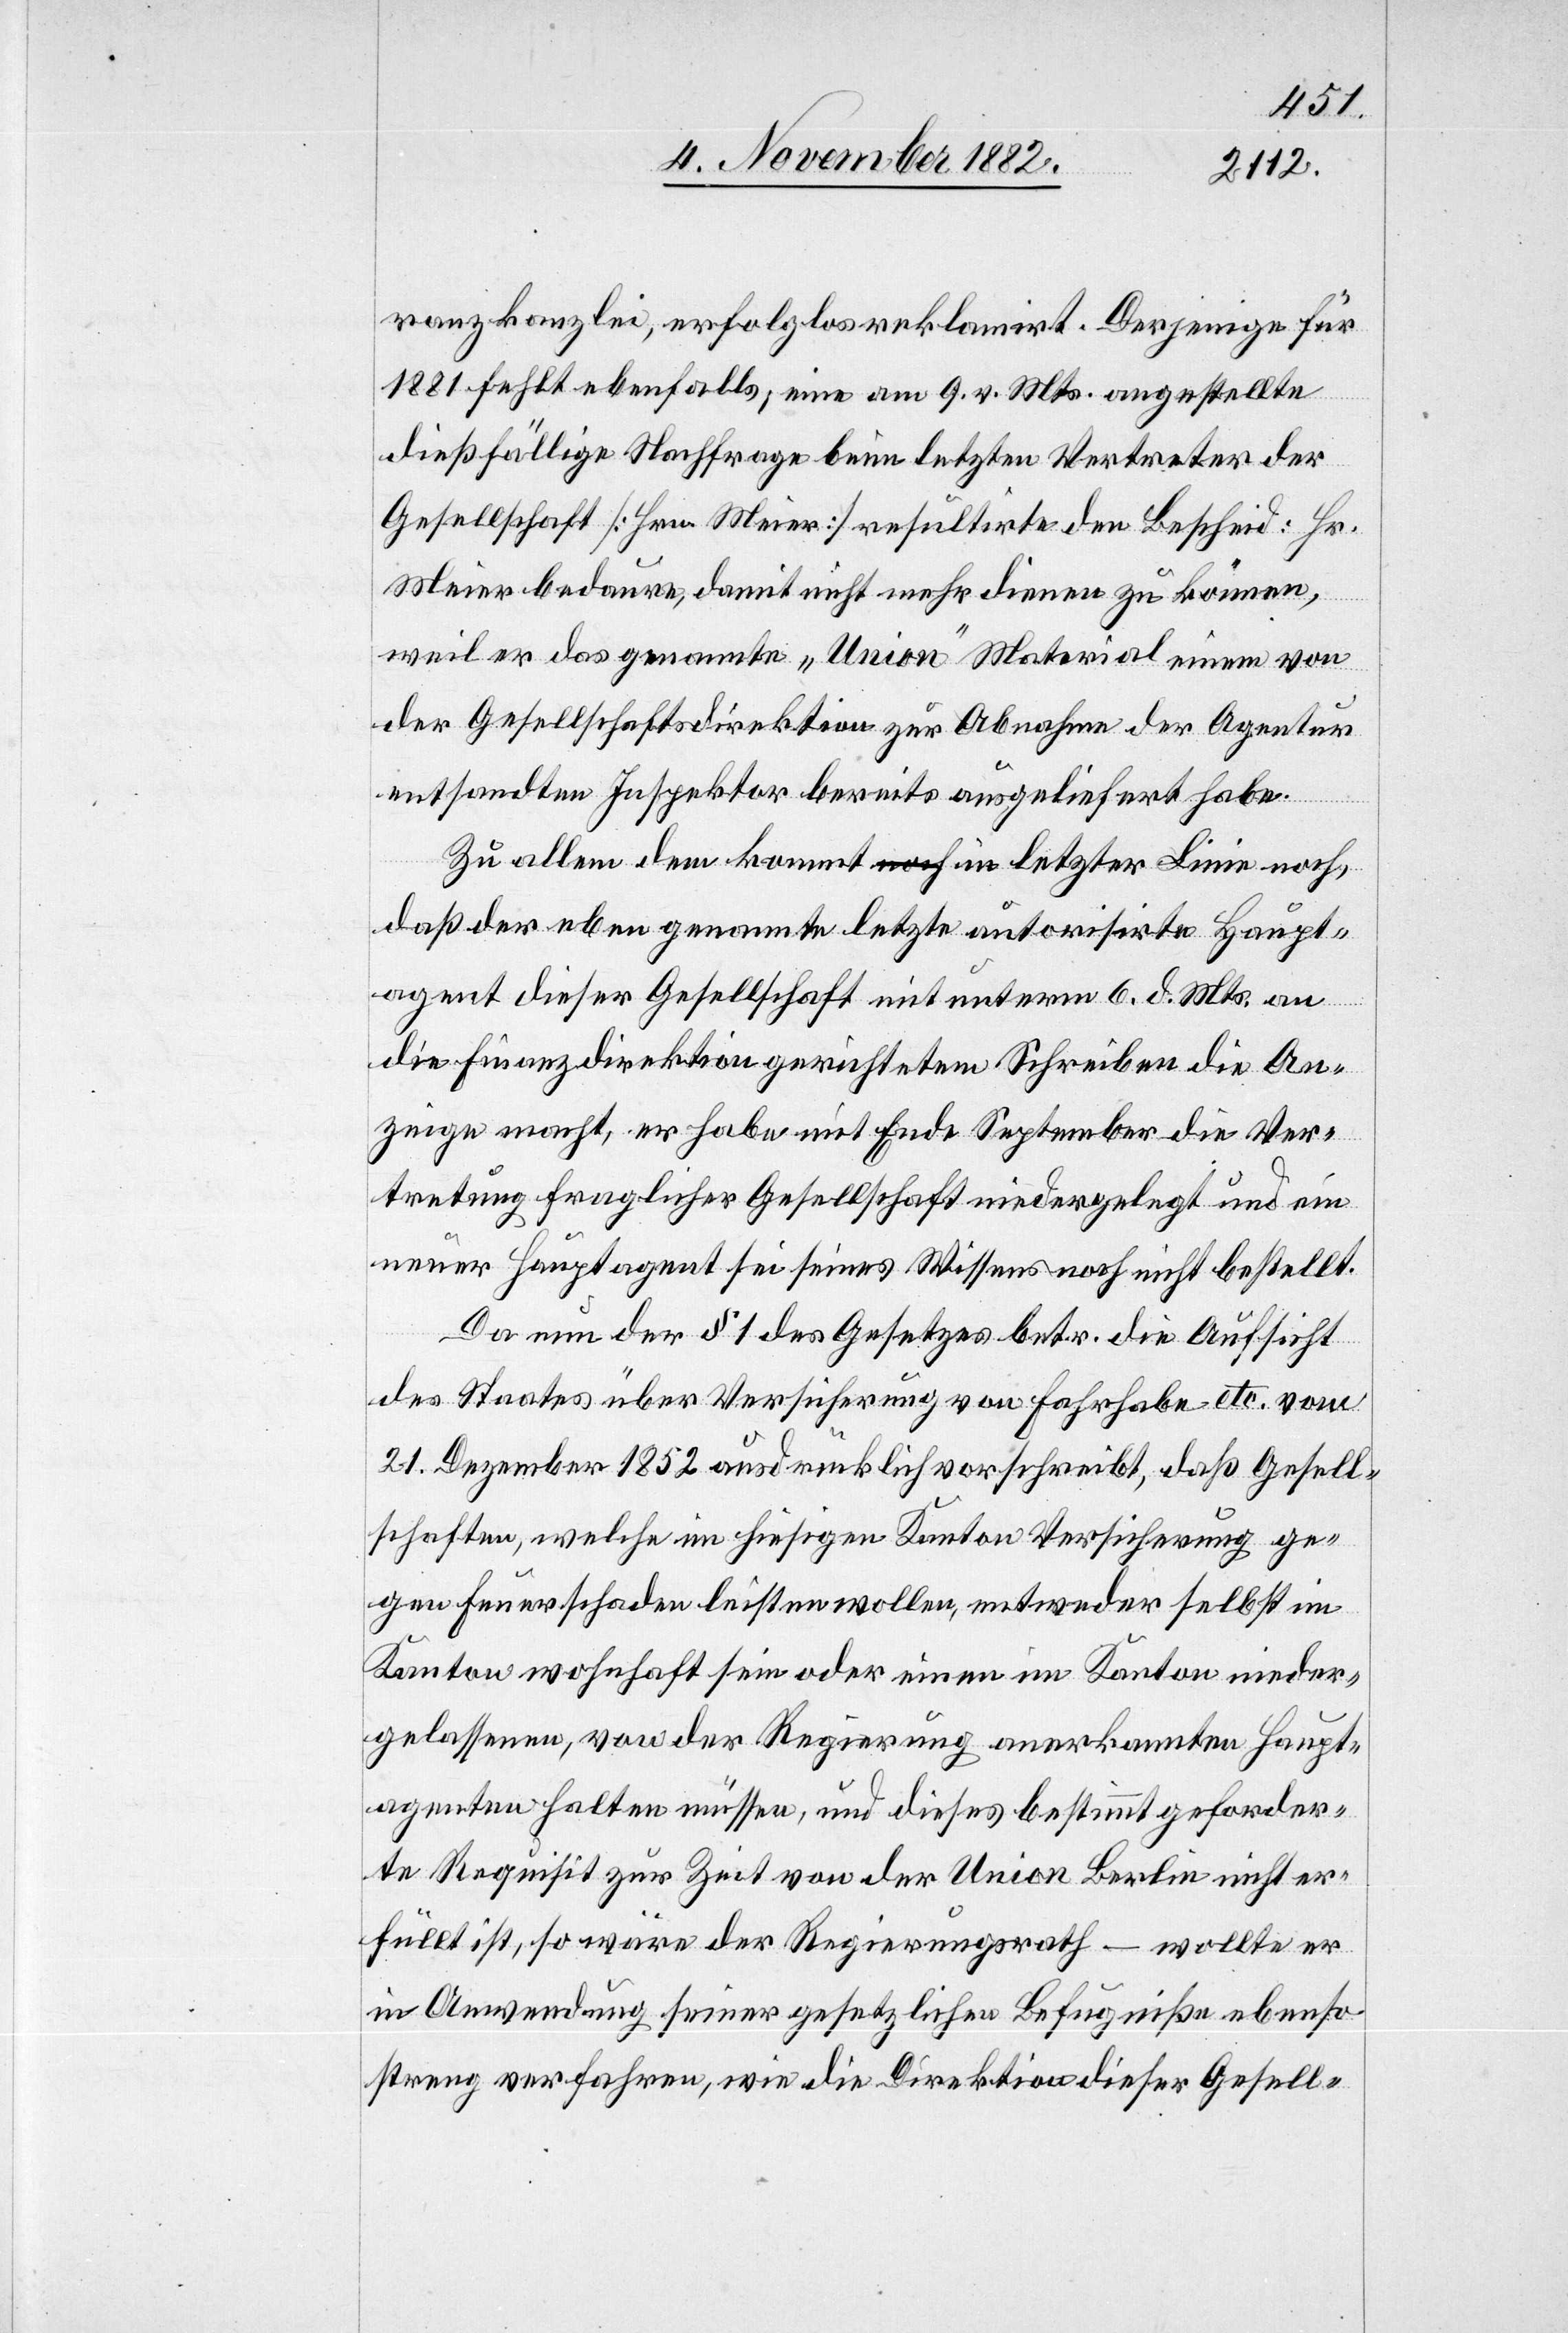
ranzkanzlei, erfolglos reklamirt. Derjenige für
1881 fehlt ebenfalls; eine am 9. vor. Mts. angestellte
dießfällige Nachfrage beim letzten Vertreter der
Gesellschaft [Hrn. Meier] resultirte den Bescheid: Hr.
Meier bedaure, damit nicht mehr dienen zu können,
weil er das genannte „Union“ Material einem von
der Gesellschaftsdirektion zur Abnahme der Agentur
entsandten Inspektor bereits ausgeliefert habe.
Zu allem dem kommt in letzter Linie noch,
daß der eben genannte letzte autorisirte Haupt¬
agent dieser Gesellschaft mit unterm 6. d. Mts. an
die Finanzdirektion gerichtetem Schreiben die An¬
zeige macht, er habe mit Ende September die Ver¬
tretung fraglicher Gesellschaft niedergelegt und ein
neuer Hauptagent sei seines Wissens noch nicht bestellt.
Da nun der § 1 des Gesetzes betr. die Aufsicht
des Staates über Versicherung von Fahrhabe etc. vom
21. Dezember 1852 ausdrücklich vorschreibt, daß Gesell¬
schaften, welche im hiesigen Kanton Versicherung ge¬
gen Feuerschaden leisten wollen, entweder selbst im
Kanton wohnhaft sein oder einen im Kanton nieder¬
gelassenen, von der Regierung anerkannten Haupt¬
agenten halten müssen, und dieses bestimmt geforder¬
te Requisit zur Zeit von der Union Berlin nicht er¬
füllt ist, so wäre der Regierungsrath – wollte er
in Anwendung seiner gesetzlichen Befugniße ebenso
streng verfahren, wie die Direktion dieser Gesell-